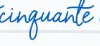
cinquante